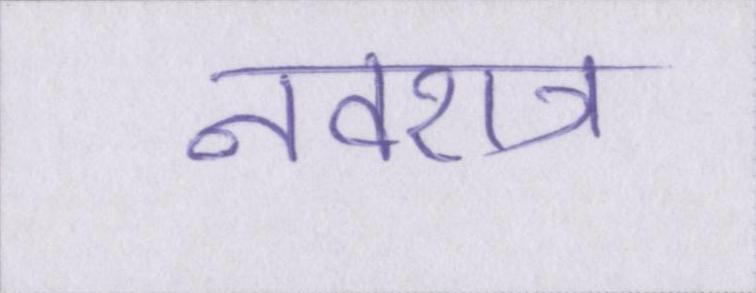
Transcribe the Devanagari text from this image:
नवरात्र